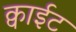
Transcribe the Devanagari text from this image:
क्वाईट